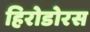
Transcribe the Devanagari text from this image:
हिरोडोरस